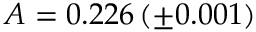
A = 0 . 2 2 6 \, ( \pm 0 . 0 0 1 )